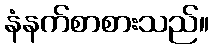
နံနက်စာစားသည်။